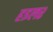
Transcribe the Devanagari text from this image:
हइलर